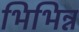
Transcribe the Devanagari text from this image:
भिभिन्न